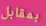
بمقابل